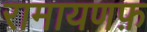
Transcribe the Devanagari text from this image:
रामायणफ़